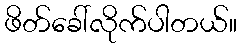
ဖိတ်ခေါ်လိုက်ပါတယ်။